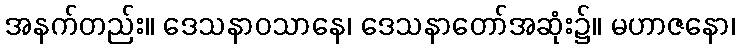
အနက်တည်း။ ဒေသနာဝသာနေ၊ ဒေသနာတော်အဆုံး၌။ မဟာဇနော၊